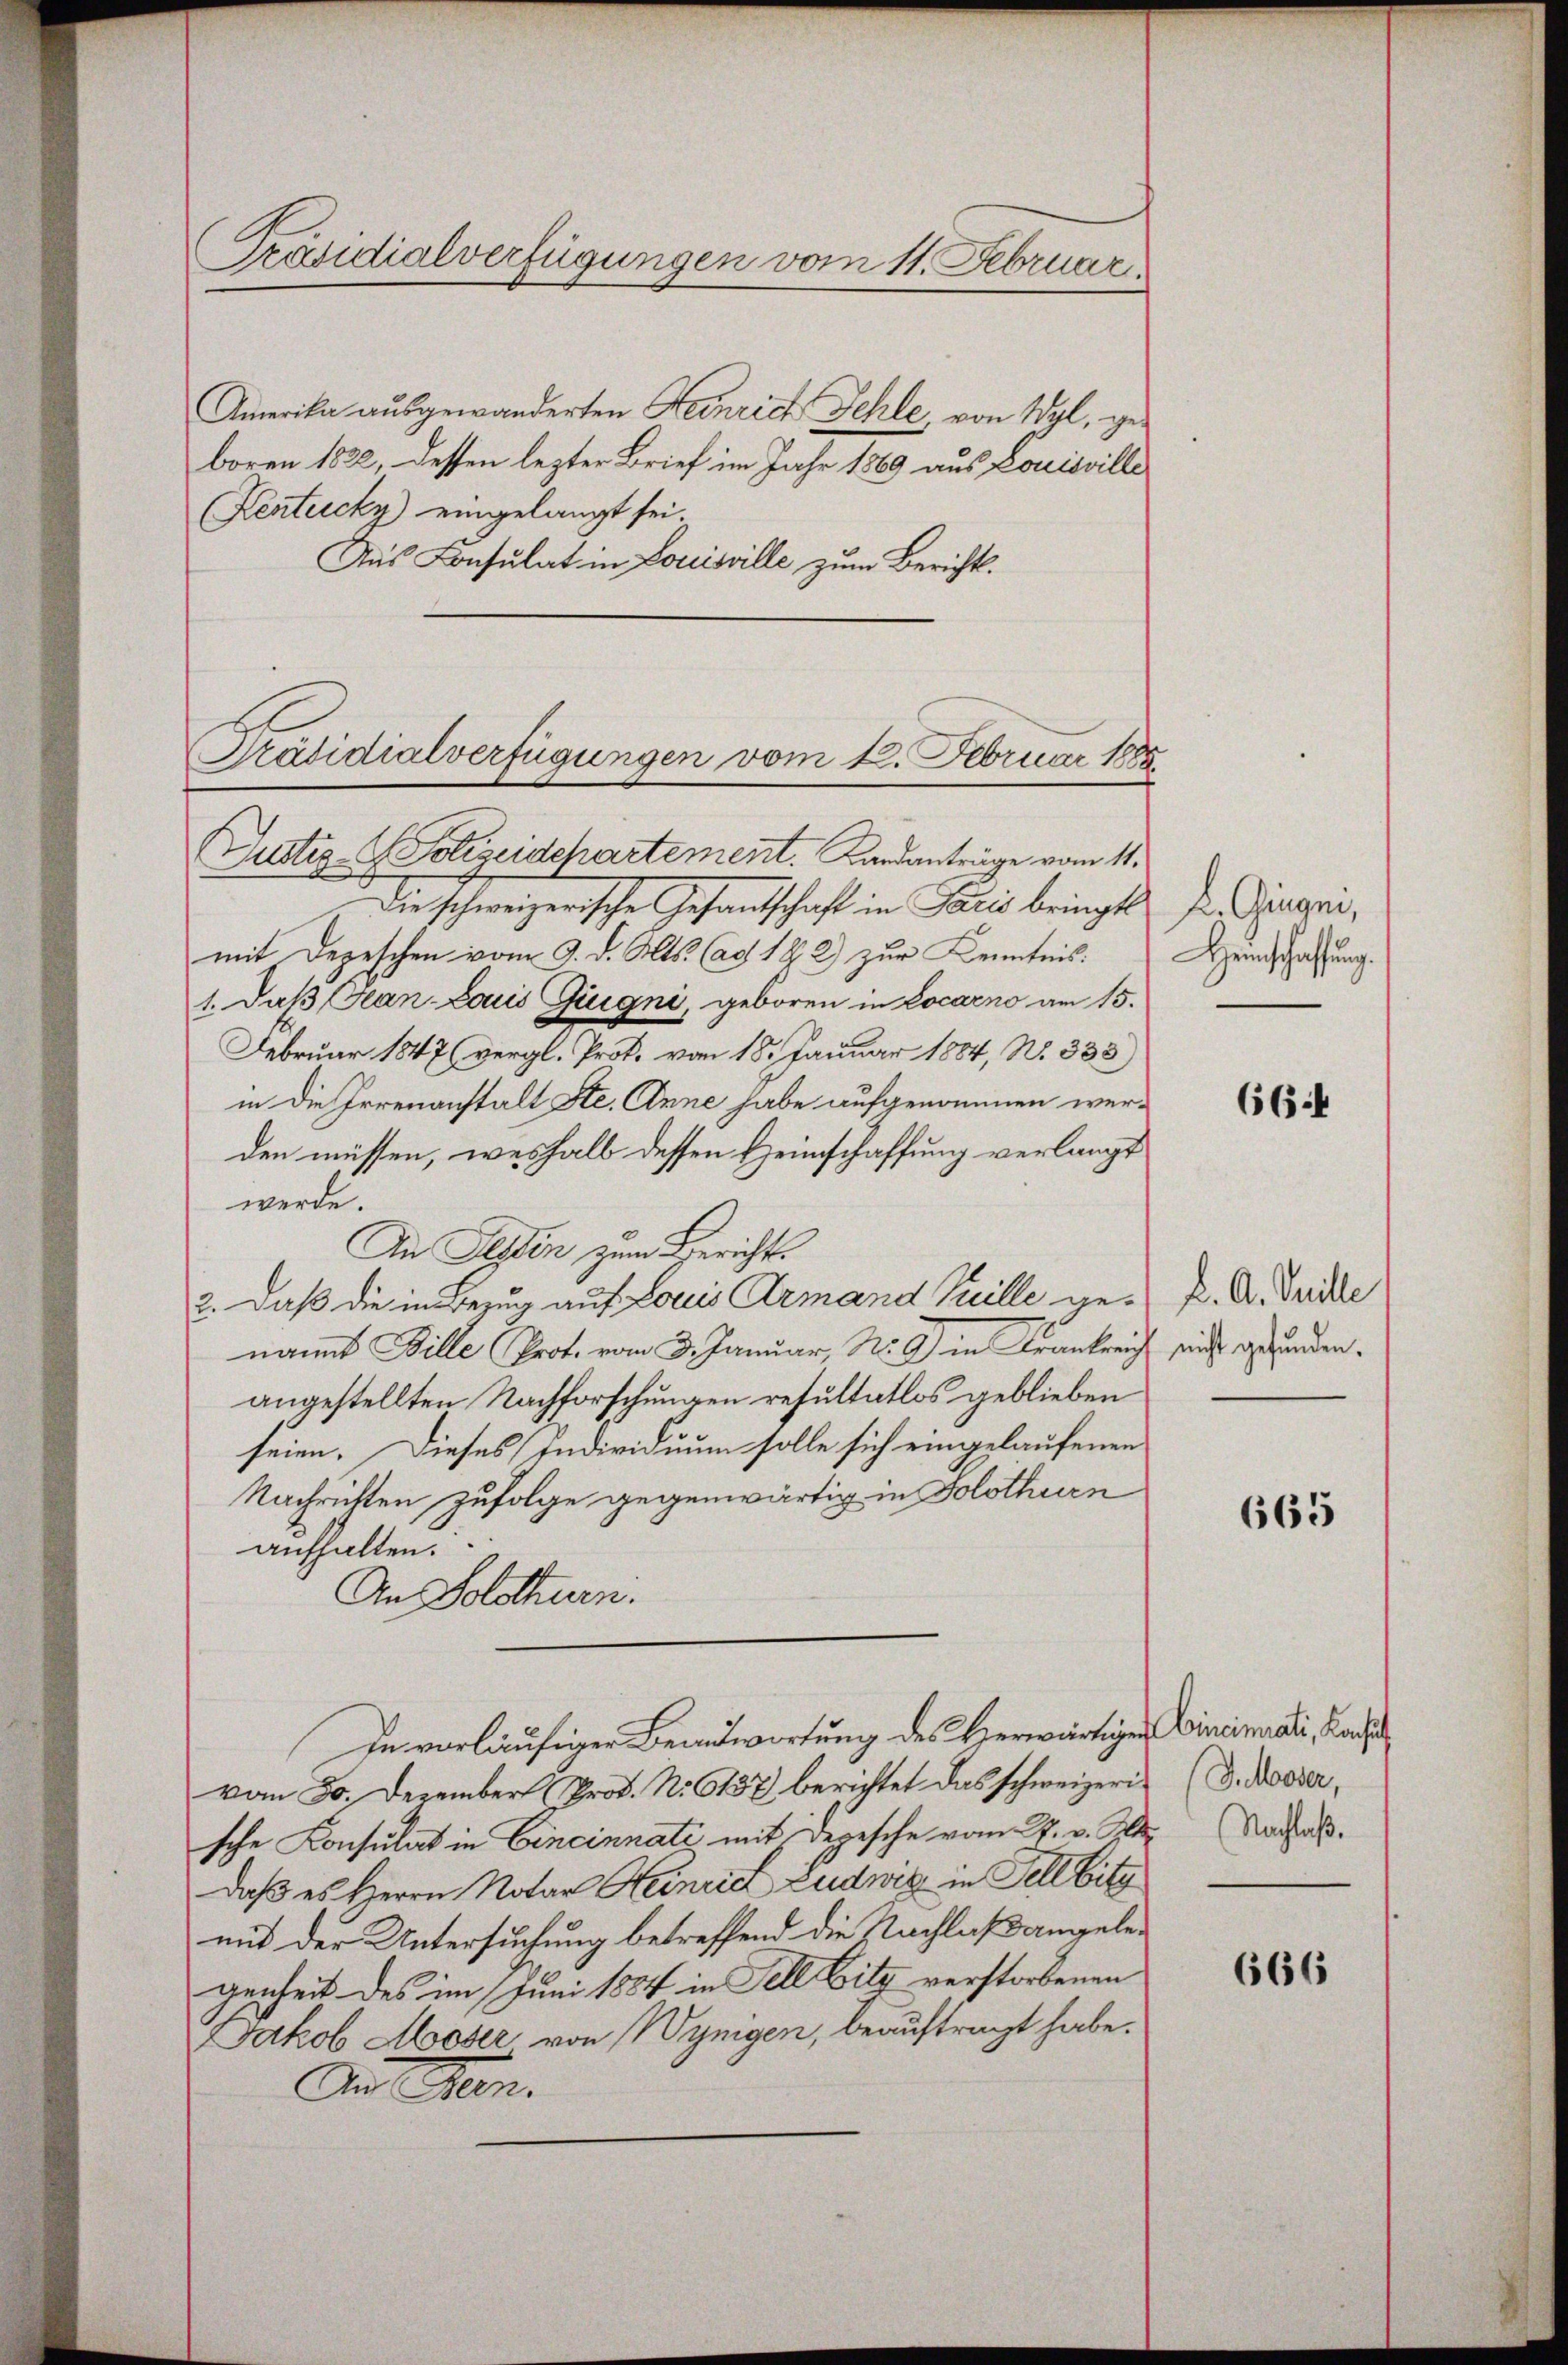
Präsidialverfügungen vom 11. Februar

Amerika ausgewanderten Heinrich Fehle, von Wyl, geboren 1822, dessen lezter Brief im Jahr 1869 aus Louisville
Kentucky) eingelangt sei
Aus Consulat in Louisville zum Berichts.
Justiz - Polizeidepartement. Landanträge vom 11.
Die schweizerische Gesandtschaft in Paris bringt
mit Depeschen vom 9. d. Mts. Cag. 18. 2) zur Kenntnis:
1. daß Jean Louis Guigni, geboren in Locarno am 15.
Februar 1847 (vergl. Prot. vom 18. Januar 1884, No. 333)
in die Irrenanstalt Ste. Anne habe aufgenommen werden müssen, weshalb dessen Heimschaffung verlangt
werde.
Au Gladen zum Berichts
2. daß die in Bezug auf Louis Armand Pille genannt Bille Prot. vom 3. Januar, N. Z. in Krankreich nicht gefunden.
angestellten Nachforschungen resultatlos geblieben
seien. Dieses Individuum solle sich eingelaufenen
Nachrichten zufolge gegenwärtig in Solothurn
aufhalten.
An Solothurn.
In vorläufiger Beantwortung des Herwärtigen Cincinali, Rache
vom 5. Dezember Prof. No 637 berichtet das schweizeris (d. Rooser,
sche Konsulat in Cincinnati mit Depesche vom 27. v. Mts. Nachah.
daß es Herrn Notar Heinrich Ludwig in Fell bit
mit der Untersuchung betreffend die Nachlaßangelegenheit des im Juni 1884 in Fell Hitz verstorbenen
Jakob Moser von Wynigen, beauftragt habe.
An Gen.

Präsidialverfügungen vom 12. Februar 1885.

L. Gegen,
Heinschaffung.

66.4

L. A. Tuille

665

666